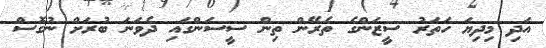
އަދި މިދިޔަ ހަތަރު ސީޒަންގެ ތެރޭން ތިން ސީސަންގައި ދެވަނަ ބުރަށް ނުގޮސް